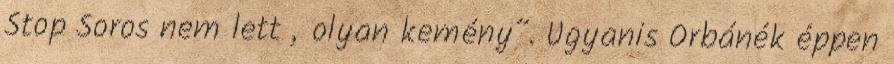
Stop Soros nem lett „olyan kemény”. Ugyanis Orbánék éppen